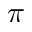
\pi